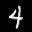
Label: 4